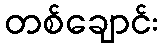
တစ်ချောင်း